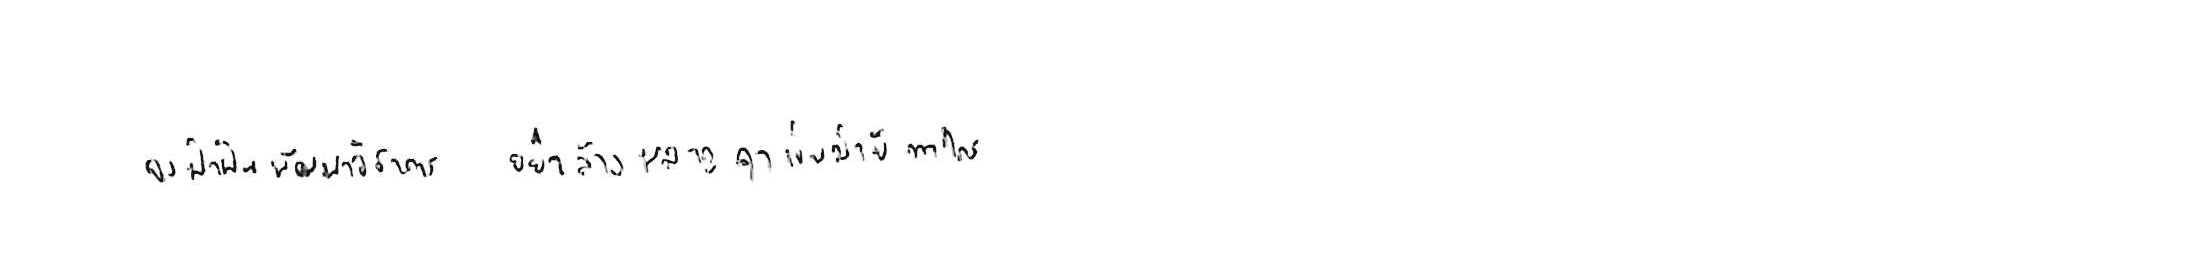
จงฝ่าฟันพัฒนาวิชาการ อย่าล้างผลาญฤๅเข่นฆ่าบีฑาใคร